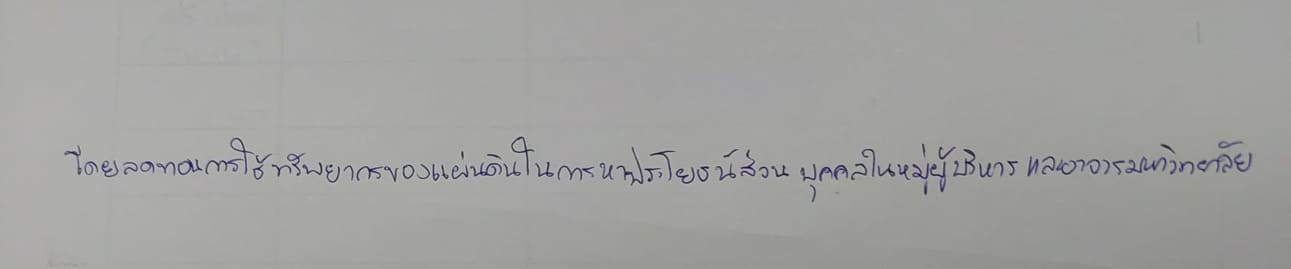
โดยลดทอนการใช้ทรัพยากรของแผ่นดินในการหาประโยชน์ส่วนบุคคลในหมู่ผู้บริหารและอาจารย์มหาวิทยาลัย